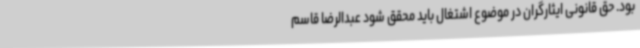
بود. حق قانونی ایثارگران در موضوع اشتغال باید محقق شود عبدالرضا قاسم